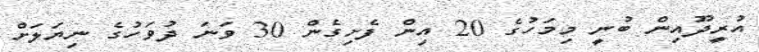
އުރީދޫއިން ބުނީ މިމަހުގެ 20 އިން ފެށިގެން 30 ވަނަ ދުވަހުގެ ނިޔަލަށް